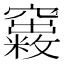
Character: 𥨺